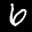
Label: 6